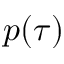
p ( \tau )